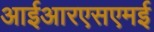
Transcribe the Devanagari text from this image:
आईआरएसएमई